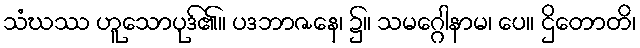
သံဃဿ ဟူသောပုဒ်၏။ ပဒဘာဇနေ၊ ၌။ သမဂ္ဂေါနာမ၊ ပေ။ ဌိတောတိ၊